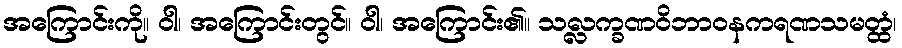
အကြောင်းကို။ ဝါ၊ အကြောင်းတွင်။ ဝါ၊ အကြောင်း၏။ သလ္လက္ခဏဝိဘာဝနကရဏသမတ္ထံ၊